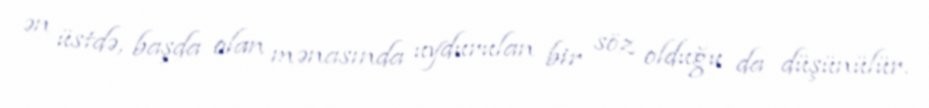
ən üstdə, başda olan mənasında uydurulan bir söz olduğu da düşünülür.